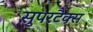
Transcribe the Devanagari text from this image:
सुपरटैक्स